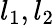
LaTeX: l_{1},l_{2}